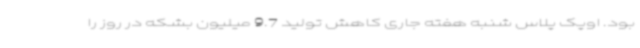
بود. اوپک پلاس شنبه هفته جاری کاهش تولید 9.7 میلیون بشکه در روز را